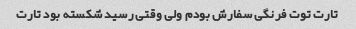
تارت توت فرنگی سفارش بودم ولی وقتی رسید شکسته بود تارت